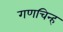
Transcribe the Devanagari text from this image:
गणचिन्ह